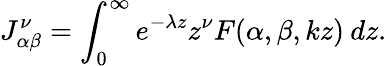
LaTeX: J_{\alpha\beta}^{\nu}=\int_{0}^{\infty}e^{-\lambda z}z^{\nu}F(\alpha,\beta,kz)\: dz.